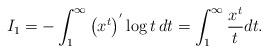
LaTeX: \begin{align*}I_{1} = - \int_{1}^{\infty} \left( x^{t} \right)^{'} \log t \, dt= \int_{1}^{\infty} \dfrac{x^{t}}{t} dt. \end{align*}